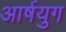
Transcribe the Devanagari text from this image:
आर्षयुग